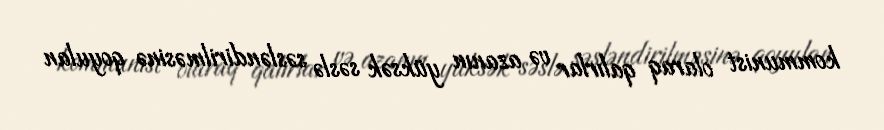
kommunist olaraq qalırlar və azanın yüksək səslə səsləndirilməsinə qoyulan